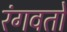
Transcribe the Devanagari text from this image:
रंगवतो